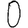
Digit: 0